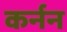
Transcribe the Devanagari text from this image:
कर्नन